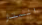
الستار